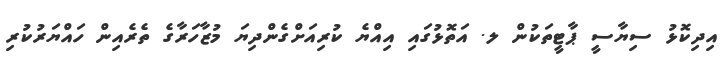
އިދިކޮޅު ސިޔާސީ ޕާޓީތަކުން ލ. އަތޮޅުގައި އިއްޔެ ކުރިއަށްގެންދިޔަ މުޒާހަރާގެ ތެރެއިން ހައްޔަރުކުރި